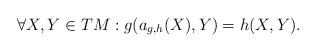
LaTeX: \begin{align*}\forall X, Y \in TM: g(a_{g,h}(X), Y) = h(X,Y).\end{align*}